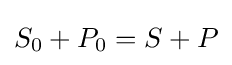
S_{0}+P_{0}=S+P